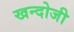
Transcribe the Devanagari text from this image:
खन्दोजी